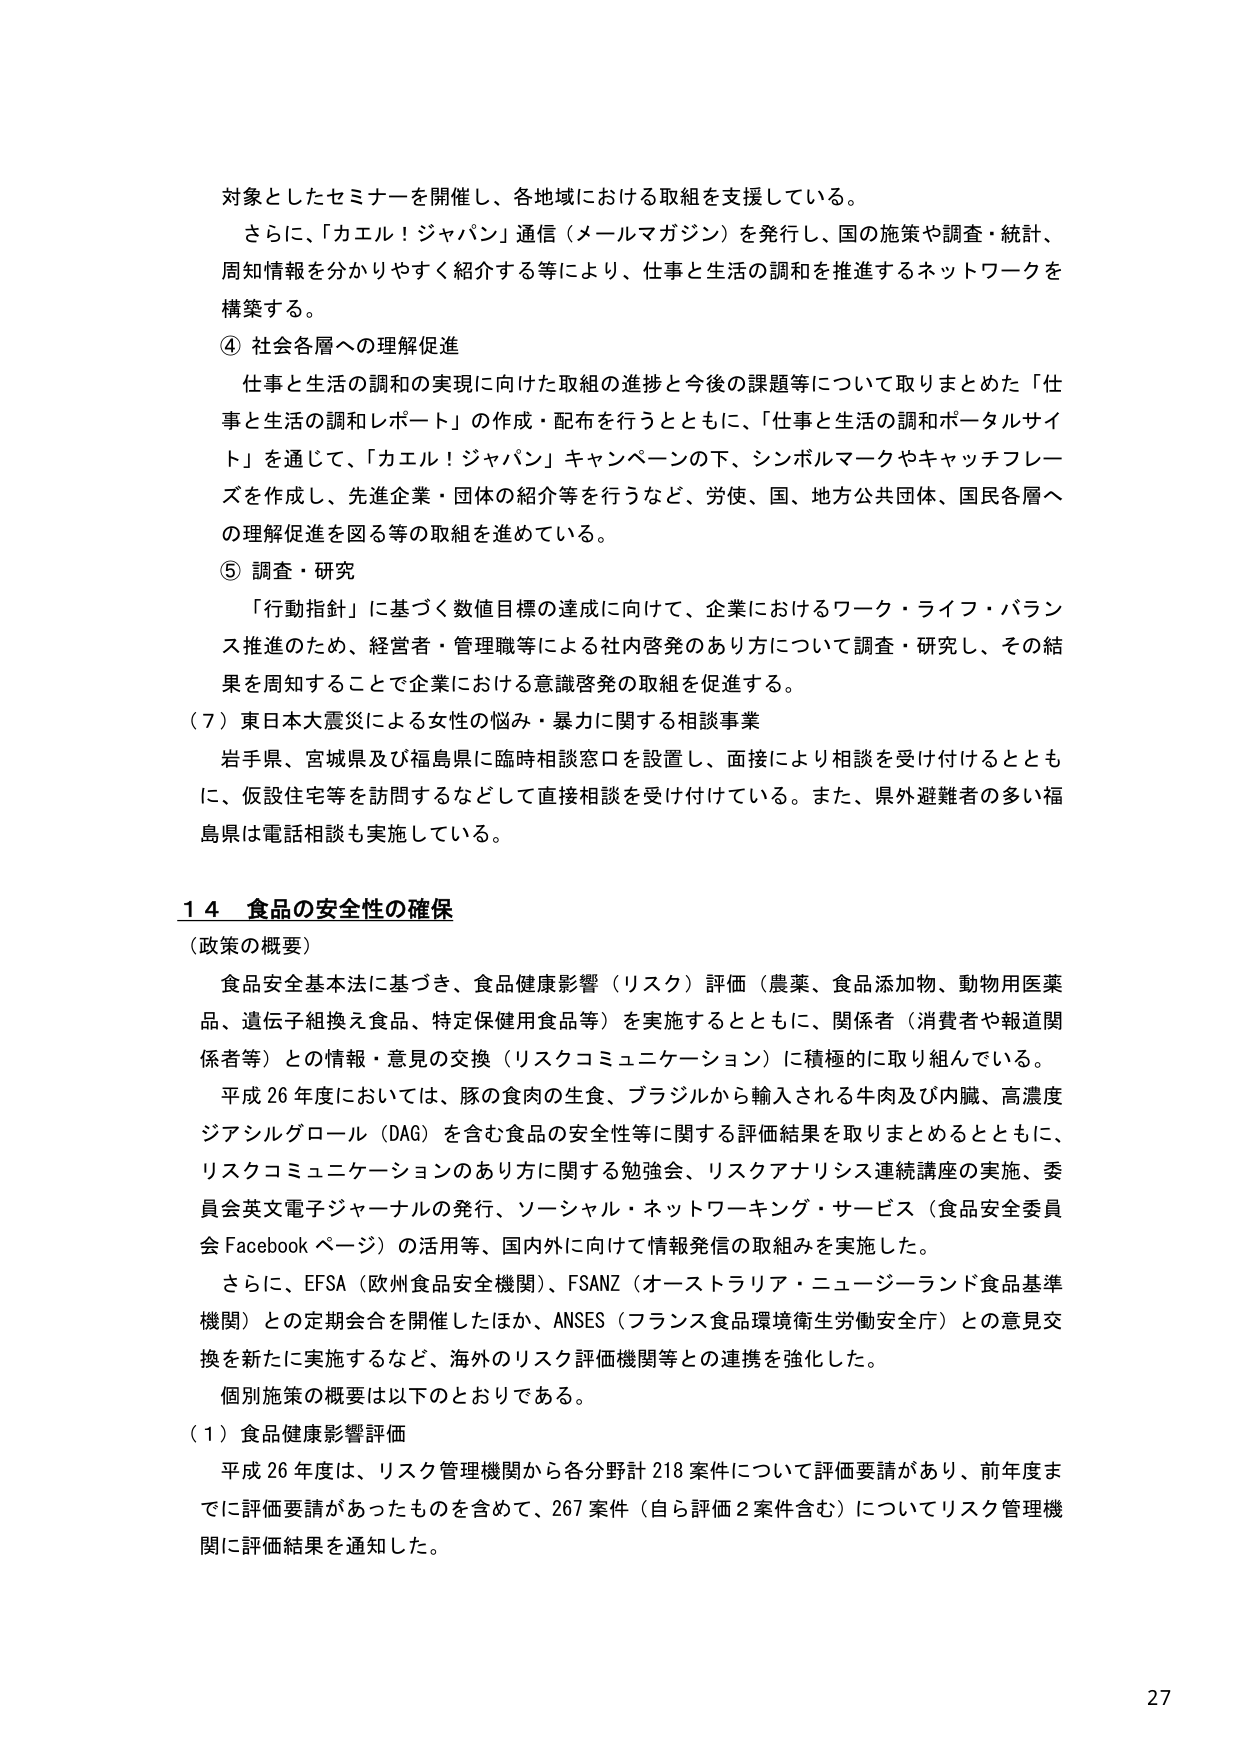
対象としたセミナーを開催し、各地域における取組を支援している。
さらに、「カエル！ジャパン」通信（メールマガジン）を発行し、国の施策や調査・統計、
周知情報を分かりやすく紹介する等により、仕事と生活の調和を推進するネットワークを
構築する。
④ 社会各層への理解促進
仕事と生活の調和の実現に向けた取組の進捗と今後の課題等について取りまとめた「仕
事と生活の調和レポート」の作成・配布を行うとともに、「仕事と生活の調和ポータルサイ
ト」を通じて、「カエル！ジャパン」キャンペーンの下、シンボルマークやキャッチフレー
ズを作成し、先進企業・団体の紹介等を行うなど、労使、国、地方公共団体、国民各層へ
の理解促進を図る等の取組を進めている。
⑤ 調査・研究
「行動指針」に基づく数値目標の達成に向けて、企業におけるワーク・ライフ・バラン
ス推進のため、経営者・管理職等による社内啓発のあり方について調査・研究し、その結
果を周知することで企業における意識啓発の取組を促進する。
（７）東日本大震災による女性の悩み・暴力に関する相談事業
岩手県、宮城県及び福島県に臨時相談窓口を設置し、面接により相談を受け付けるととも
に、仮設住宅等を訪問するなどして直接相談を受け付けている。また、県外避難者の多い福
島県は電話相談も実施している。

１４ 食品の安全性の確保
（政策の概要）
食品安全基本法に基づき、食品健康影響（リスク）評価（農薬、食品添加物、動物用医薬
品、遺伝子組換え食品、特定保健用食品等）を実施するとともに、関係者（消費者や報道関
係者等）との情報・意見の交換（リスクコミュニケーション）に積極的に取り組んでいる。
平成26年度においては、豚の食肉の生食、ブラジルから輸入される牛肉及び内臓、高濃度
ジアシルグロール（DAG）を含む食品の安全性等に関する評価結果を取りまとめるとともに、
リスクコミュニケーションのあり方に関する勉強会、リスクアナリシス連続講座の実施、委
員会英文電子ジャーナルの発行、ソーシャル・ネットワーキング・サービス（食品安全委員
会 Facebook ページ）の活用等、国内外に向けて情報発信の取組みを実施した。
さらに、EFSA（欧州食品安全機関）、FSANZ（オーストラリア・ニュージーランド食品基準
機関）との定期会合を開催したほか、ANSES（フランス食品環境衛生労働安全庁）との意見交
換を新たに実施するなど、海外のリスク評価機関等との連携を強化した。
個別施策の概要は以下のとおりである。
（１）食品健康影響評価
平成26年度は、リスク管理機関から各分野計218案件について評価要請があり、前年度ま
でに評価要請があったものを含めて、267案件（自ら評価2案件含む）についてリスク管理機
関に評価結果を通知した。

27